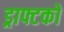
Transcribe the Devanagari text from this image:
ड्राफ्टको